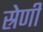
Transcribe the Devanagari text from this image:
स्रेणी